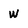
Character: w